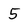
Character: 5